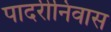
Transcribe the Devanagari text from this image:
पादरीनिवास